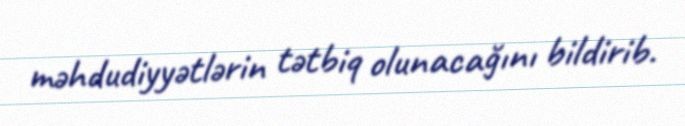
məhdudiyyətlərin tətbiq olunacağını bildirib.